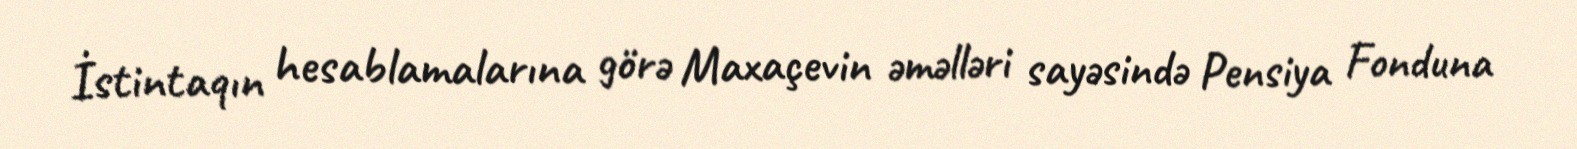
İstintaqın hesablamalarına görə Maxaçevin əməlləri sayəsində Pensiya Fonduna